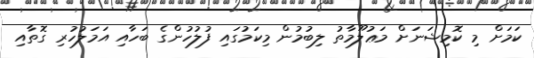
ކަމަށް މި ކޮމިޝަނަށް މަޢުލޫމާތު ލިބުމުން މިކަމުގައި ފުލުހުންގެ ބަހާއި އަމަލުހުރި ގޮތާއި